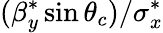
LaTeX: (\beta_{y}^{*}\sin\theta_{c})/\sigma_{x}^{*}